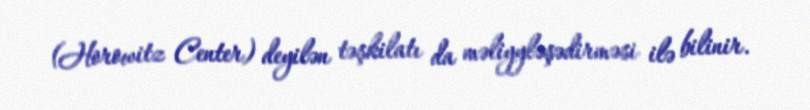
(Horowitz Center) deyilən təşkilatı da məliyyləşədirməsi ilə bilinir.